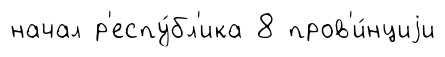
начал р'еспу́бл'ика 8 пров'и́нциjи